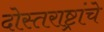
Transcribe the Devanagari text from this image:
दोस्तराष्ट्रांचे